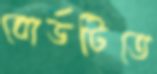
বোর্ডটিতে